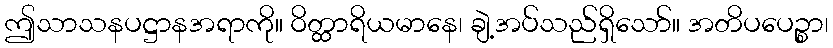
ဤသာသနပဋ္ဌာနအရာကို။ ဝိတ္ထာရိယမာနေ၊ ချဲ့အပ်သည်ရှိသော်။ အတိပပေဉ္စာ၊